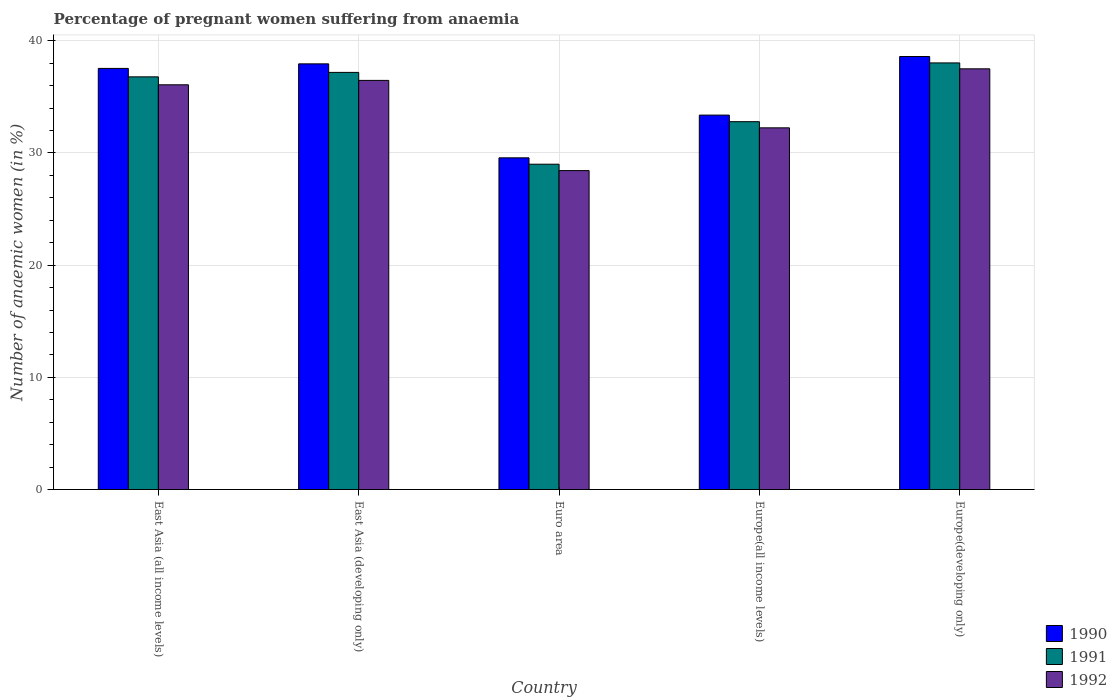
| Country | 1990 | 1991 | 1992 |
 | --- | --- | --- | --- |
 | East Asia (all income levels) | 37.5 | 36.8 | 36.1 |
 | East Asia (developing only) | 37.9 | 37.2 | 36.5 |
 | Euro area | 29.6 | 29 | 28.4 |
 | Europe(all income levels) | 33.4 | 32.8 | 32.2 |
 | Europe(developing only) | 38.6 | 38 | 37.5 |